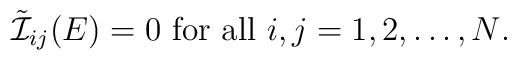
\tilde{\cal I}_{ij}(E)=0 \mbox{ for all $i,j=1,2,\ldots,N$}.